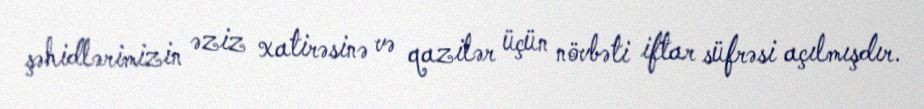
şəhidlərimizin əziz xatirəsinə və qazilər üçün növbəti iftar süfrəsi açılmışdır.